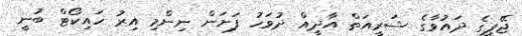
ޖޭޕީގެ ދައުވާގެ ޝަރީއަތް އާދީއް ދުވަހު ފަށަން ނިންމި އިރު ހައިކޯޓް ބުނީ